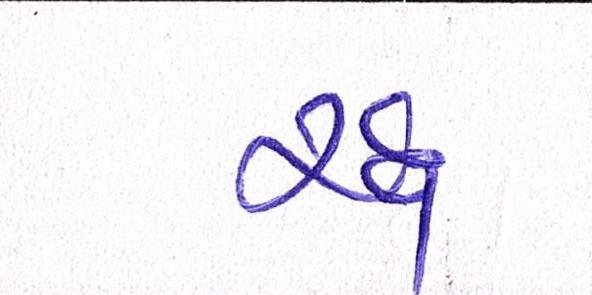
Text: રદ્